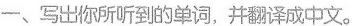
一、写出你所听到的单词，并翻译成中文。